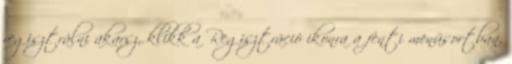
regisztrálni akarsz, klikk a Regisztráció ikonra a fenti menüsortban,